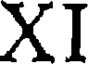
XI